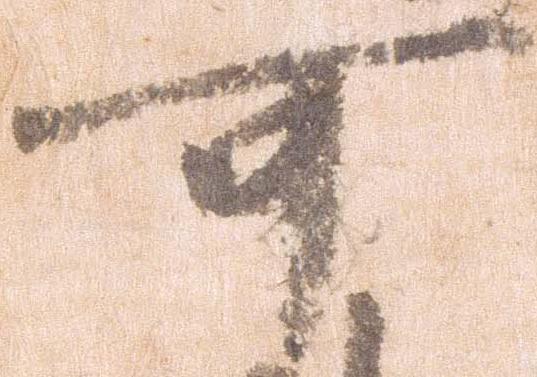
可